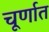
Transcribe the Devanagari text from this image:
चूर्णात